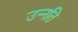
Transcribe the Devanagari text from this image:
उन्‍नति